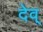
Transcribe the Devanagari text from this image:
देव्